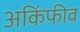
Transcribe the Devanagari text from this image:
अकिंफीव